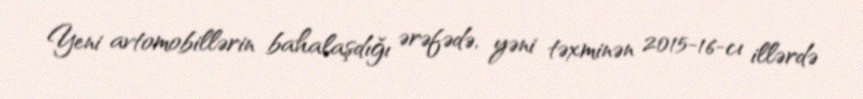
Yeni avtomobillərin bahalaşdığı ərəfədə, yəni təxminən 2015-16-cı illərdə